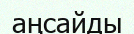
аңсайды